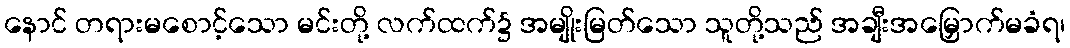
နောင် တရားမစောင့်သော မင်းတို့ လက်ထက်၌ အမျိုးမြတ်သော သူတို့သည် အချီးအမြှောက်မခံရ၊